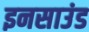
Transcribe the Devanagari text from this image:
इनसाउंड